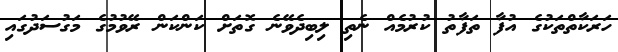
ހަރަކާތްތަކުގެ އުފާ ތަފާތު ކުރުމެއް ނެތި ލިބިދެވޭނެ ގޮތަށް ކަންކަން ރޭވުމުގެ މަގުސަދުގައި